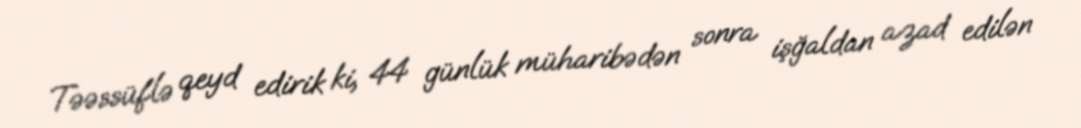
Təəssüflə qeyd edirik ki, 44 günlük müharibədən sonra işğaldan azad edilən